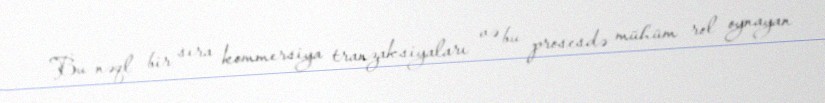
Bu nəql bir sıra kommersiya tranzaksiyaları və bu prosesdə mühüm rol oynayan